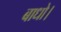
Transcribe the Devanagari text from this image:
बाधो।